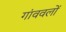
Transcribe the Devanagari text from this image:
गांववलों